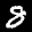
Label: 8